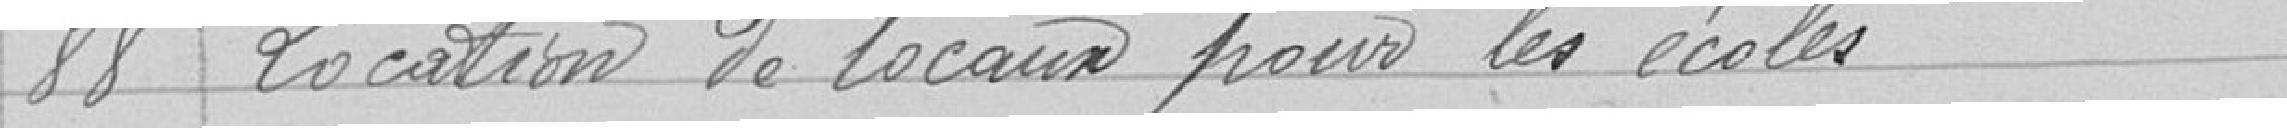
88 Location de locaux pour les écoles